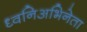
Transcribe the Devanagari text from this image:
ध्वनिअभिनेता